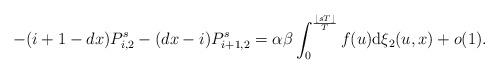
LaTeX: \begin{align*} -(i+1-dx) P_{i,2}^s-(dx-i) P_{i+1,2}^s= \alpha \beta \int_0^{\frac{\lfloor sT \rfloor}{T}} f(u) \mathrm{d}\xi_2(u,x)+o(1). \end{align*}